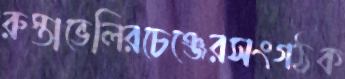
রুস্তাভেলিরচেঞ্জেরসংগঠক